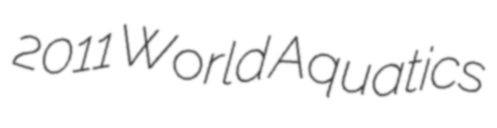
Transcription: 2011 World Aquatics